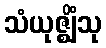
သံယုဇ္ဈိံသု